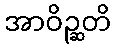
အာဝိဉ္ဆတိ